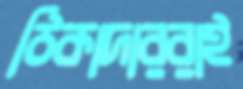
ঠিকাদাররাই